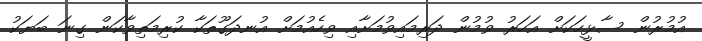
އުމުރުން ސާޅީހަކަށް އަހަރު ވުމުން ދަރިމައިވުމަށާއި ވިހެއުމަށް އުނދަގޫތަކާ ކުރިމަތިވާކަން ގިނަ ބަޔަކު